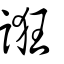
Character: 誑